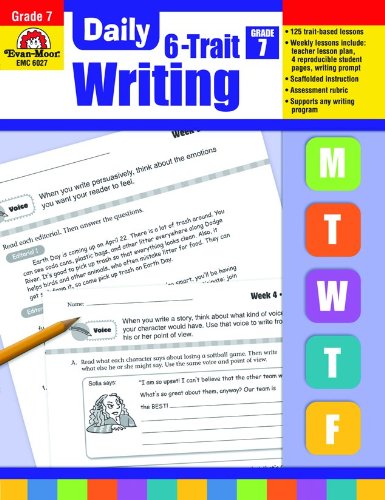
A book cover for Daily 6-Trait Writing, Grade 7; Evan Moor; Teen & Young Adult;